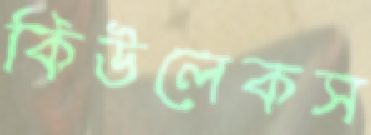
কিউলেকস